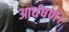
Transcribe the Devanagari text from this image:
आर्धषण।